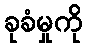
ခုခံမှုကို